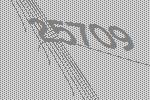
25709